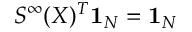
S ^ { \infty } ( X ) ^ { T } \mathbf { 1 } _ { N } = \mathbf { 1 } _ { N }